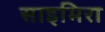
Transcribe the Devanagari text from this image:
साइमिरा